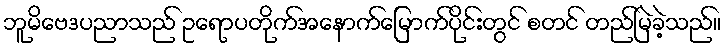
ဘူမိဗေဒပညာသည် ဥရောပတိုက်အနောက်မြောက်ပိုင်းတွင် စတင် တည်မြဲခဲ့သည်။